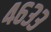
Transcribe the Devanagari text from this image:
४६३३